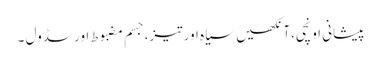
پیشانی اونچی،آنکھیں سیاہ اور تیز،جسم مضبوط اورسڈول ۔